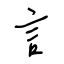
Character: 言